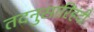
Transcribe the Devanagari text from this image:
तदनुसारिंहंदी